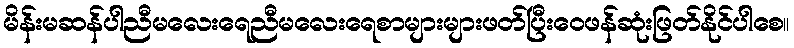
မိန်းမဆန်ပါညီမလေးရေညီမလေးရေစာများများဖတ်ပြီးဝေဖန်ဆုံးဖြတ်နိုင်ပါစေ။